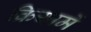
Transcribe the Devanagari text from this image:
क्रियामें